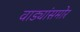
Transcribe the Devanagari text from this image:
वाड्यांसमोर